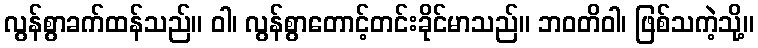
လွန်စွာခက်ထန်သည်။ ဝါ၊ လွန်စွာတောင့်တင်းခိုင်မာသည်။ ဘဝတိဝါ၊ ဖြစ်သကဲ့သို့။